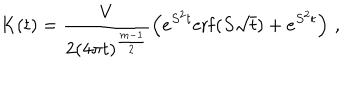
K ( t ) = \frac { V } { 2 ( 4 \pi t ) ^ { \frac { m - 1 } 2 } } \left( e ^ { S ^ { 2 } t } \mathrm { e r f } ( S \sqrt t ) + e ^ { S ^ { 2 } t } \right) \, ,